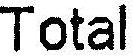
TOTAL